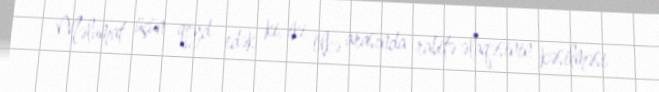
Məlumat üçün qeyd edək ki, iki ölkə arasında rabitə əlaqəsinin kəsilməsi